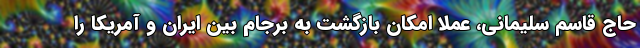
حاج قاسم سلیمانی، عملا امکان بازگشت به برجام بین ایران و آمریکا را